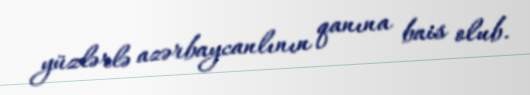
yüzlərlə azərbaycanlının qanına bais olub.